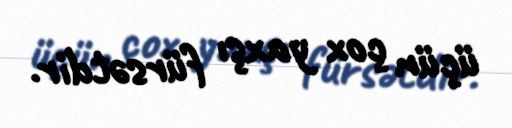
üçün çox yaxşı fürsətdir.